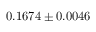
0 . 1 6 7 4 \pm 0 . 0 0 4 6